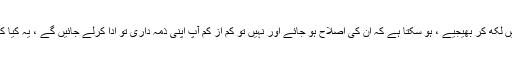
میرے پاس لگ بھگ تمام بڑے ذمہ داران کےایمیل ایڈریس ہیں ، آپ انہیں یہ سب باتیں لکھ کر بھیجیے ، ہو سکتا ہے کہ ان کی اصلاح ہو جائے اور نہیں تو کم از کم آپ اپنی ذمہ داری تو ادا کرلے جائیں گے ، یہ کیا کہ بند کمرے میں بے مطلب کی گفتگو سے تشویش پیدا کرنے کی نادانی کررہے ہیں ۔